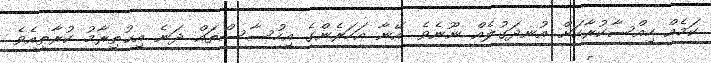
ކަމެއް ހިއްސާކުރާކަށް އުނދަގުލެއް ނޫނެވެ. އޭނާ އަހަރެންގެ އިހުސާސްތައް ދަނެ އިޙުތިރާމު ކުރާތީއެވެ.